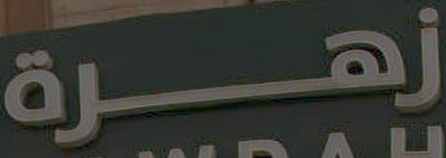
زهرة